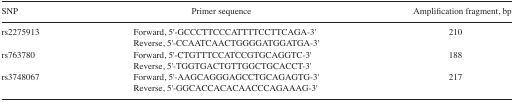
<table><thead><tr><td><b>SNP</b></td><td><b>Primer sequence</b></td><td><b>Amplification fragment, bp</b></td></tr></thead><tbody><tr><td>rs2275913</td><td>Forward, 5′-GCCCTTCCCATTTTCCTTCAGA-3′Reverse, 5′-CCAATCAACTGGGGATGGATGA-3′</td><td>210</td></tr><tr><td>rs763780</td><td>Forward, 5′-CTGTTTCCATCCGTGCAGGTC-3′Reverse, 5′-TGGTGACTGTTGGCTGCACCT-3′</td><td>188</td></tr><tr><td>rs3748067</td><td>Forward, 5′-AAGCAGGGAGCCTGCAGAGTG-3′Reverse, 5′-GGCACCACACAACCCAGAAAG-3′</td><td>217</td></tr></tbody></table>